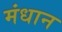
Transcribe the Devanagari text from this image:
मंधान